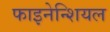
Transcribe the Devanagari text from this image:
फाइनेन्शियल